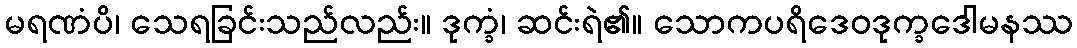
မရဏံပိ၊ သေရခြင်းသည်လည်း။ ဒုက္ခံ၊ ဆင်းရဲ၏။ သောကပရိဒေဝဒုက္ခဒေါမနဿ